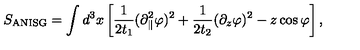
S _ { \mathrm { A N I S G } } = \int d ^ { 3 } x \left[ \frac { 1 } { 2 t _ { 1 } } ( \partial _ { \parallel } ^ { 2 } \varphi ) ^ { 2 } + \frac { 1 } { 2 t _ { 2 } } ( \partial _ { z } \varphi ) ^ { 2 } - z \cos \varphi \right] ,